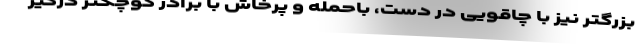
بزرگتر نیز با چاقویی در دست، باحمله و پرخاش با برادر کوچکتر درگیر